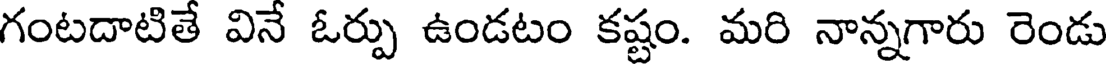
గంటదాటితే వినే ఓర్పు ఉండటం కష్టం. మరి నాన్నగారు రెండు